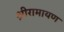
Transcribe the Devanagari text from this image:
श्रीरामायण